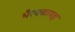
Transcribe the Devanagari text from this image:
भैरवकायह